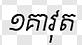
១គាវុត